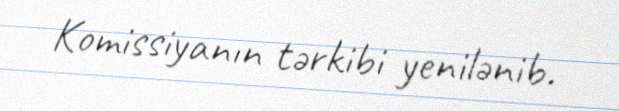
Komissiyanın tərkibi yenilənib.